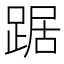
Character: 踞